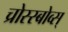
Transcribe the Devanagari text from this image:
च्रोस्स्बोव्स्